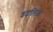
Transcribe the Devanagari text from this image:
इटालिआ